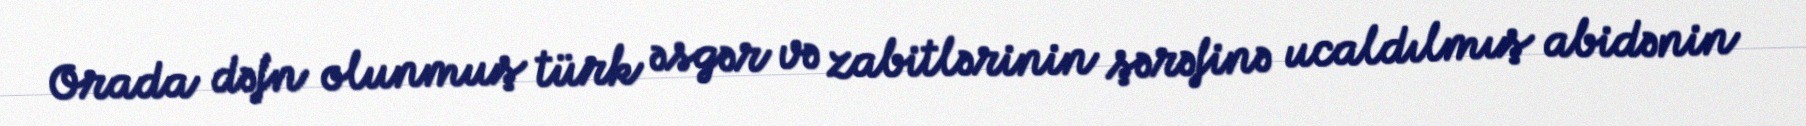
Orada dəfn olunmuş türk əsgər və zabitlərinin şərəfinə ucaldılmış abidənin